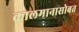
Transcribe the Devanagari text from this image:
कालमानासोबत